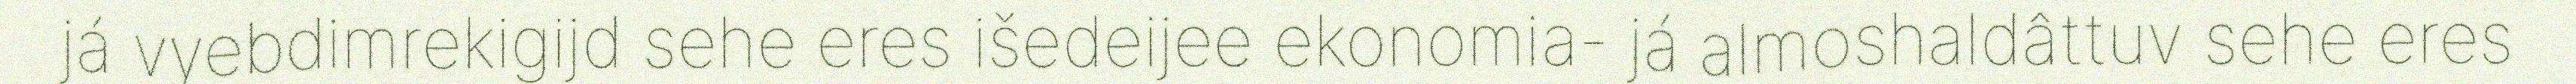
já vyebdimrekigijd sehe eres išedeijee ekonomia- já almoshaldâttuv sehe eres